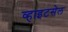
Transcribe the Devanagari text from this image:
व्हाइटसेल